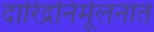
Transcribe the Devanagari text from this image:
दारिद्रनिर्मूलनात